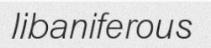
libaniferous